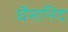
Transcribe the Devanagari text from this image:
घैसनिद